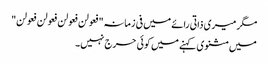
مگر میری ذاتی رائے میں فی زمانہ"فعولن فعولن فعولن فعولن"
میں مثنوی کہنے میں کوئی حرج نہیں۔